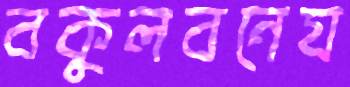
বকুলবনেয